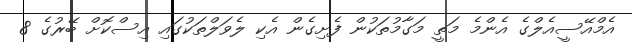
އެމްއޭސީއެލްގެ އެންމެ މަތީ މަގާމުތަކުން ފެށިގެން އެކި ލެވަލްތަކުގައި އިސްކޮށް ބޭރުގެ 8